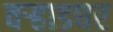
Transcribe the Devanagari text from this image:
वर्‍हाडघर